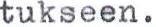
tukseen.